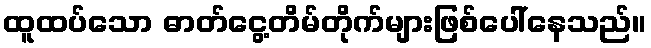
ထူထပ်သော ဓာတ်ငွေ့တိမ်တိုက်များဖြစ်ပေါ်နေသည်။